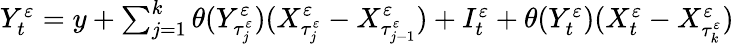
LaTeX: \begin{array}{r}{Y_{t}^{\varepsilon}=y+\sum_{j=1}^{k}\theta(Y_{\tau_{j}^{\varepsilon}}^{\varepsilon})(X_{\tau_{j}^{\varepsilon}}^{\varepsilon}-X_{\tau_{j-1}^{\varepsilon}}^{\varepsilon})+I_{t}^{\varepsilon}+\theta(Y_{t}^{\varepsilon})(X_{t}^{\varepsilon}-X_{\tau_{k}^{\varepsilon}}^{\varepsilon})}\end{array}